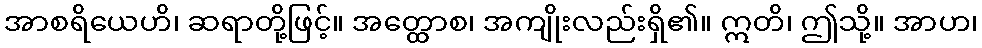
အာစရိယေဟိ၊ ဆရာတို့ဖြင့်။ အတ္ထောစ၊ အကျိုးလည်းရှိ၏။ ဣတိ၊ ဤသို့။ အာဟ၊